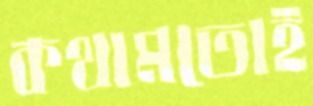
কথামতোই